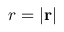
r = \left\vert \mathbf { r } \right\vert